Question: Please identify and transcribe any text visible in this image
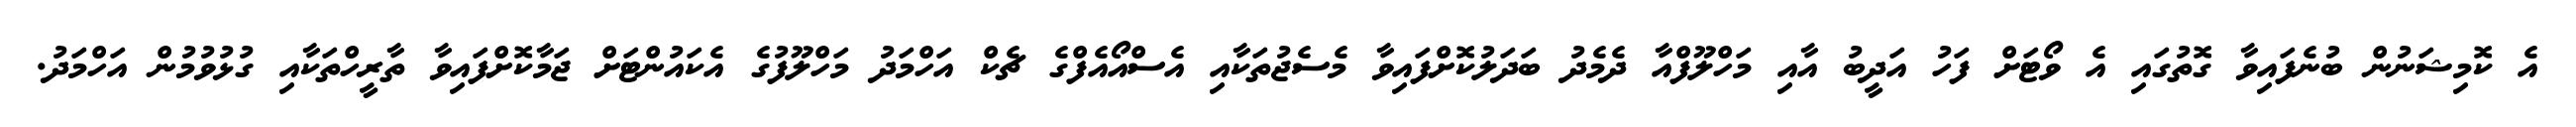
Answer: އެ ކޮމިޝަނުން ބުނެފައިވާ ގޮތުގައި އެ ވޯޓަށް ފަހު އަދީބު އާއި މަހްލޫފްއާ ދެމެދު ބަދަލުކޮށްފައިވާ މެސެޖުތަކާއި އެސްއޯއެފްގެ ޗެކް އަހްމަދު މަހްލޫފުގެ އެކައުންޓަށް ޖަމާކޮށްފައިވާ ތާރީހްތަކާއި ގުޅުވުމުން އަހްމަދު.